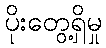
ပိုးတွေ့ရှိမှု